Civil Veterinary Dept. Bombay admin report 1914-1922 - 1914-1922
Year: 1914
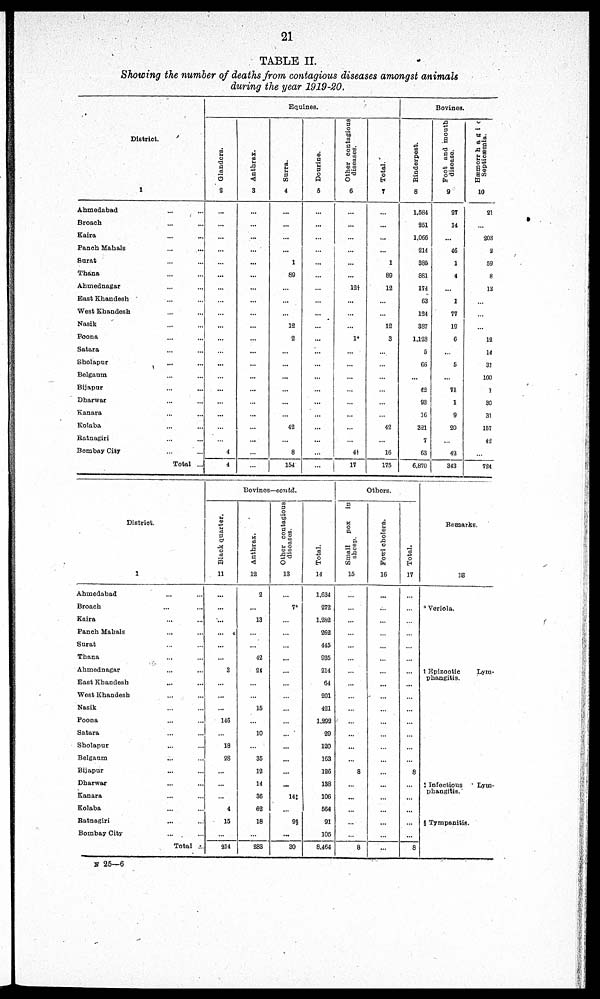
21
TABLE II.
Showing the number of deaths from contagious diseases amongst animals
during the year 1919-20.
District.
1
Ahmedabad ... ...
Broach ... ...
Kaira ... ...
Panch Mahals ... ...
Surat ... ...
Thana ... ...
Ahmednagar ... ...
East Khandesh ... ...
West Khandesh ... ...
Nasik ... ...
Poona ... ...
Satara ... ...
Sholapur ... ...
Belgaum ... ...
Bijapur ... ...
Dharwar ... ...
Kanara ... ...
Kolaba ... ...
Ratnagiri ... ...
Bombay City ... ...
Total ..
Equines.
Glanders.
2
...
...
...
...
...
...
...
...
...
...
...
...
...
...
...
...
...
...
...
4
4
Anthrax.
3
...
...
...
...
...
...
...
...
...
...
...
...
...
...
...
...
...
...
...
...
...
Surra.
4
...
...
...
...
1
89
...
...
...
12
2
...
...
...
...
...
...
42
...
8
154
Dourine.
5
...
...
...
...
...
...
...
...
...
...
...
...
...
...
...
...
...
...
...
...
...
Other contagious
diseases.
6
...
...
...
...
...
...
12†
...
...
...
1*
...
...
...
...
...
...
...
...
4†
17
Total.
7
...
...
...
...
1
89
12
...
...
12
3
...
...
...
...
...
...
42
...
16
175
Bovines.
Rinderpest.
8
1,584
251
1,066
214
385
881
174
63
124
387
1,128
5
66
...
42
93
16
321
7
63
6,870
Foot and mouth
disease.
9
27
14
...
46
1
4
...
1
77
19
6
...
5
...
71
1
9
20
...
43
343
Hæmorrhagic
Septicæmia.
10
21
...
203
2
59
8
13
...
...
...
12
14
31
100
1
30
31
157
42
...
724
District.
1
Ahmedabad ... ...
Broach ... ...
Kaira ... ...
Panch Mahals ... ...
Surat ... ...
Thana ... ...
Ahmednagar ... ...
East Khandesh ... ...
West Khandesh ... ...
Nasik ... ...
Poona ... ...
Satara ... ...
Sholapur ... ...
Belgaum ... ...
Bijapur ... ...
Dharwar ... ...
Kanara ... ...
Kolaba ... ...
Ratnagiri ... ...
Bombay City ... ...
Total ...
Bovines—contd.
Black quarter.
11
...
...
...
...
...
...
3
...
...
...
146
...
18
28
...
...
...
4
15
...
214
Anthrax.
12
2
...
13
...
...
42
24
...
...
15
...
10
...
35
12
14
36
62
18
...
283
Other contagious
diseases.
13
...
7*
...
...
...
...
...
...
...
...
...
...
...
...
...
...
14‡
...
9§
...
30
Total.
14
1,634
272
1,282
262
445
935
214
64
201
421
1,292
29
120
163
126
138
106
564
91
105
8,464
Others.
Small
pox
in
sheep.
15
...
...
...
...
...
...
...
...
...
...
...
...
...
...
8
...
...
...
...
...
8
Fowl cholera.
16
...
...
...
...
...
...
...
...
...
...
...
...
...
...
...
...
...
...
...
...
...
Total.
17
...
...
...
...
...
...
...
...
...
...
...
...
...
...
8
...
...
...
...
...
8
Remarks.
18
*Veriola.
†1 Epizootic
Lym-
phangitis.
‡ Infectious
Lym-
phangitis.
§ Tympanitis.
N 25—6